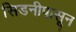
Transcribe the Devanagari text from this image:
सिडनीपासून